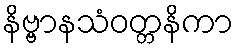
နိဗ္ဗာနသံဝတ္တနိကာ